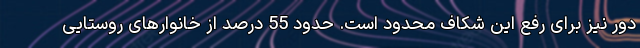
دور نیز برای رفع این شکاف محدود است. حدود 55 درصد از خانوارهای روستایی